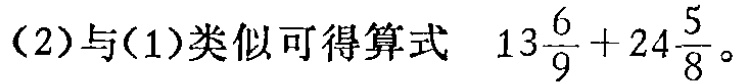
（2）与（1）类似可得算式 \(13\frac{6}{9}+24\frac{5}{8}\)。